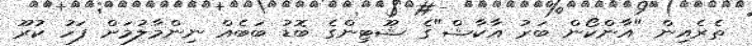
ތެރެއިން "އާންކޯން ބަރު އާކާޝް"ގެ ޝޫޓިންގެ ބޮޑު ބަބެއް ނިންމާލުމަށް ފަހު ކުރޫ